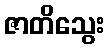
ဇာတိသွေး